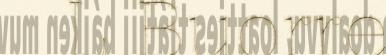
L Buorre